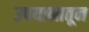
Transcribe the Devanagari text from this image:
उपयानातून